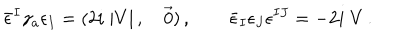
\bar { \epsilon } ^ { I } \gamma _ { a } \epsilon _ { I } = ( 2 i \; | V | \, , \quad \vec { 0 } ) \, , \qquad \bar { \epsilon } _ { I } \epsilon _ { J } \epsilon ^ { I J } = - 2 i \; V \, .